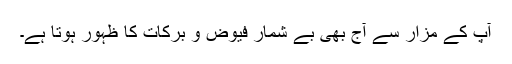
آپ کے مزار سے آج بھی بے شمار فیوض و برکات کا ظہور ہوتا ہے۔